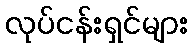
လုပ်ငန်းရှင်များ